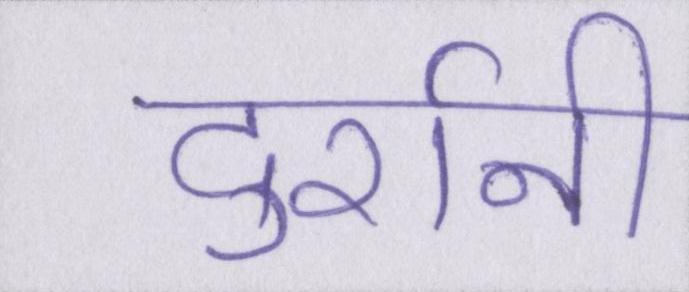
दुर्रानी